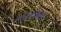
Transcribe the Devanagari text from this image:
सायटोटॉक्सिक